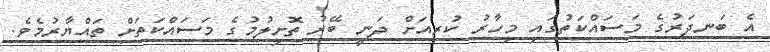
އެ ބަނދަރުގެ މަސައްކަތުގައި މިހާރު ކުރިއަށް ދަނީ ބޭރު ތޮށިލުމުގެ މަސައްކަތަށް ތައްޔާރުމެވެ.